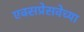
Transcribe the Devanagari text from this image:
एक्सप्रेसवेच्या